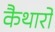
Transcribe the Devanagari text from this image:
कैथारों